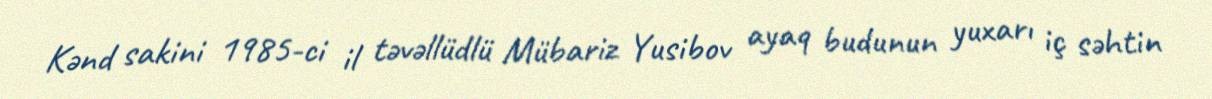
Kənd sakini 1985-ci il təvəllüdlü Mübariz Yusibov ayaq budunun yuxarı iç səhtin